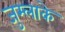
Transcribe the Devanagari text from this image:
जुम्लाके